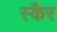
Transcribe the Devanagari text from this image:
स्कैर